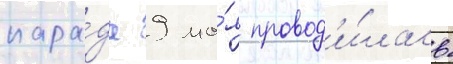
пара́да 9 ма́я провод'и́лась